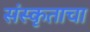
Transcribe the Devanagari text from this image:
संस्कृताचा